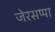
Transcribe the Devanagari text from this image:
जेरसप्पा